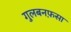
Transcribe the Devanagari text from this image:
गुलबनफ़सा